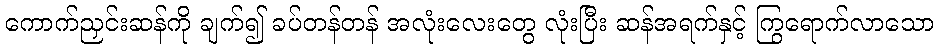
ကောက်ညှင်းဆန်ကို ချက်၍ ခပ်တန်တန် အလုံးလေးတွေ လုံးပြီး ဆန်အရက်နှင့် ကြွရောက်လာသော